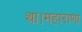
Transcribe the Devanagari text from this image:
था।महाराणा